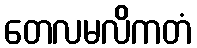
တေလမလိကတံ